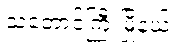
သံတောင်ကြီးမြို့နယ်